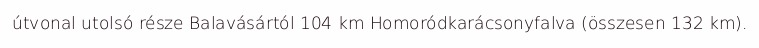
útvonal utolsó része Balavásártól 104 km Homoródkarácsonyfalva (összesen 132 km).